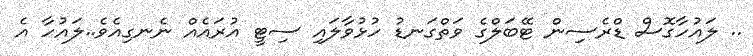
.. ލައުހާގޮސް ޑްރެސިން ޓޭބަލްގެ ވަތްގަނޑު ހުޅުވާލައި ސިޓީ އުރައެއް ނެނގިއެވެ..ލައުހާ އެ